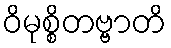
ဝိမုစ္စိတဗ္ဗာတိ